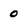
Character: 0